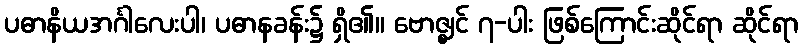
ပဓာနိယအင်္ဂါလေးပါ၊ ပဓာနခန်း၌ ရှိ၏။ ဗောဇ္ဈင် ၇-ပါး ဖြစ်ကြောင်းဆိုင်ရာ ဆိုင်ရာ